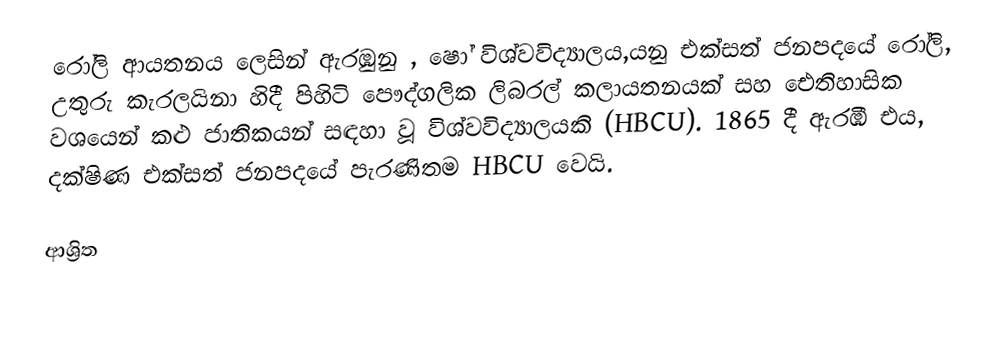
රෝලි ආයතනය ලෙසින් ඇරඹුනු , ෂෝ විශ්වවිද්‍යාලය,යනු  එක්සත් ජනපදයේ රෝලි, උතුරු කැරලයිනා හිදී පිහිටි පෞද්ගලික ලිබරල් කලායතනයක් සහ  ඓතිහාසික වශයෙන් කළු ජාතිකයන් සඳහා වූ  විශ්වවිද්‍යාලයකි (HBCU). 1865 දී ඇරඹි එය, දක්ෂිණ එක්සත් ජනපදයේ පැරණිතම HBCU වෙයි.

ආශ්‍රිත